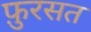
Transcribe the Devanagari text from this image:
फ़ुरसत